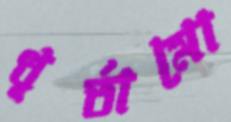
ধূর্তামো